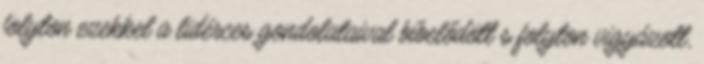
folyton ezekkel a lidérces gondolataival bíbelődött s folyton vigyázott,